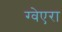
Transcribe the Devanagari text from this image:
ग्वेएरा